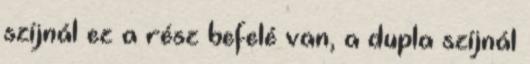
szíjnál ez a rész befelé van, a dupla szíjnál